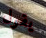
يقول